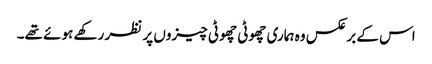
اس کے برعکس وہ ہماری چھوٹی چھوٹی چیزوں پر نظر رکھے ہوئے تھے۔